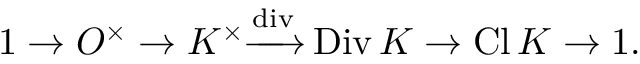
1 \to O ^ { \times } \to K ^ { \times } { \xrightarrow { \mathrm { d i v } } } \operatorname { D i v } K \to \operatorname { C l } K \to 1 .